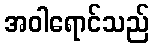
အဝါရောင်သည်